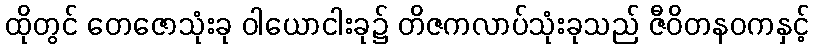
ထိုတွင် တေဇောသုံးခု ဝါယောငါးခု၌ တိဇကလာပ်သုံးခုသည် ဇီဝိတနဝကနှင့်